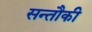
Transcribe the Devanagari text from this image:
सन्तौकी